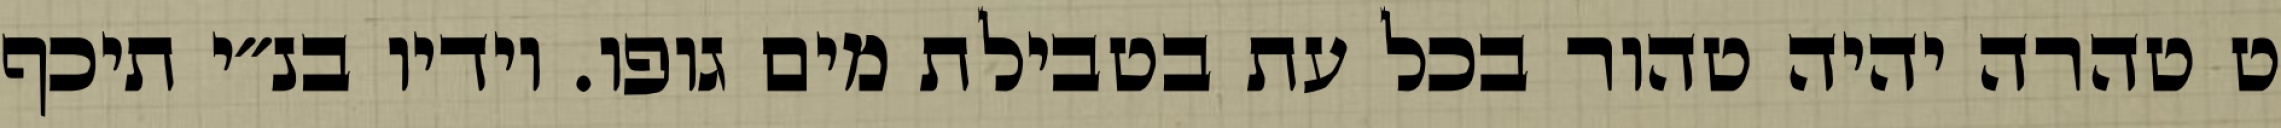
ט טהרה יהיה טהור בכל עת בטבילת מים גופו. וידיו בנ״י תיכף